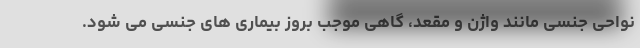
نواحی جنسی مانند واژن و مقعد، گاهی موجب بروز بیماری های جنسی می شود.